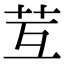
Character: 𦬚